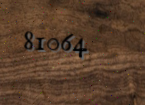
81064